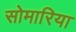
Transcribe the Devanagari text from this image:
सोमारिया